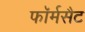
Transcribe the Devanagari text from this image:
फॉर्मसैट